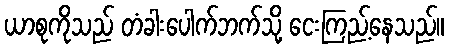
ယာစုကိုသည် တံခါးပေါက်ဘက်သို့ ငေးကြည့်နေသည်။